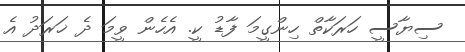
ސިޔާސީ ހަރަކާތް ހިންގީމަ ފާޑު ކީ. އެހެން ވީމަ ދެ ޚަރަދު އެ